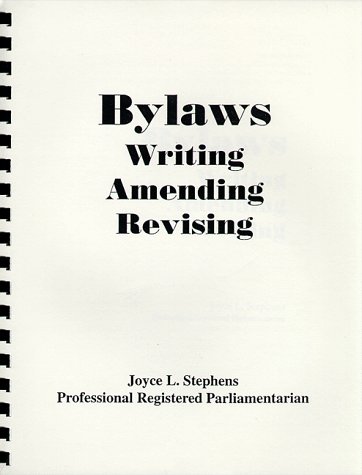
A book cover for Bylaws: Writing Amending Revising; Joyce L. Stephens; Reference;